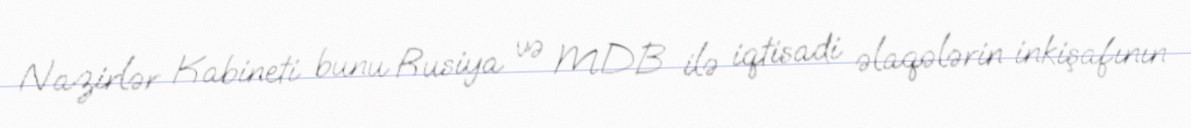
Nazirlər Kabineti bunu Rusiya və MDB ilə iqtisadi əlaqələrin inkişafının